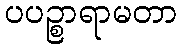
ပပဉ္စာရာမတာ